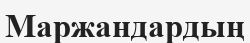
Маржандардың